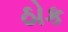
ઠોક